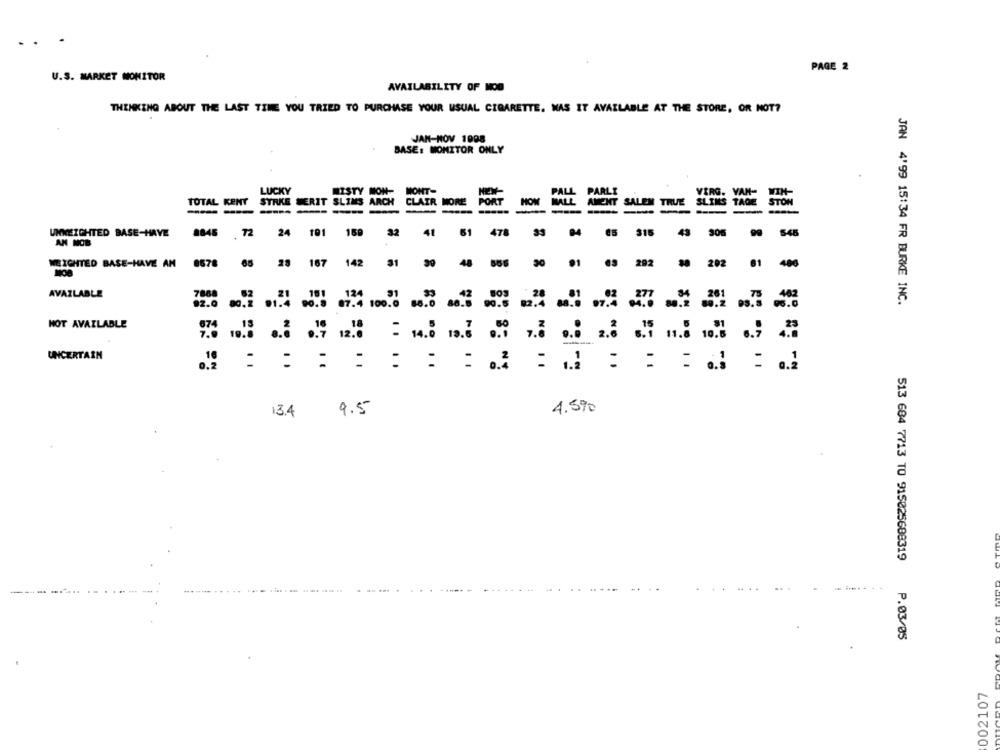
PAGE 2
U.S. MARKET MONITOR
AVAILABILITY OF MOB
THINKING ABOUT THE LAST TIME YOU TRIED TO PURCHASE YOUR USUAL CIGARETTE. WAS IT AVAILABLE AT THE STORE, OR NOT?
JAN-NOV 1998
BASE: MONITOR ONLY
LUCKY
MISTY NON-
MONT-
PALL
PARLI
VIRG. VAR-
WIN-
TOTAL KENT
STRKE WERIT SLIMS
ARCH
CLAIR MORE
PORT
NOM
MALL
AMENT
SALEM
TRUE
SLIMS TAGE
TAGE
STON
UNWEIGHTED BASE-HAVE
8846
72
24
191
169
32
41
61
478
315
43
306
546
AN MOB
WEIGHTED BASE-HAVE AN
8678
28
167
142
31
48
65
292 30 202 61 400
AVAILABLE
7868
JAN 4'99 15:34 FR BURKE INC.
92.0
80.2 01.4 96.8
87.4 100.0 86.0 80.5 00.6 82.4 80.8 97.4 04.6 80.2 00.2 08.3 00.0
NOT AVAILABLE
UNCERTAIN
13.4
9.5
4.5%
513 684 7713 TO 915025688319
--- - .....
...........
P.03/05
002107